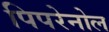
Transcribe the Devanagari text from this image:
पिपरेनोल